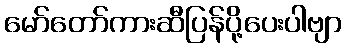
မော်တော်ကားဆီပြန်ပို့ပေးပါဗျာ